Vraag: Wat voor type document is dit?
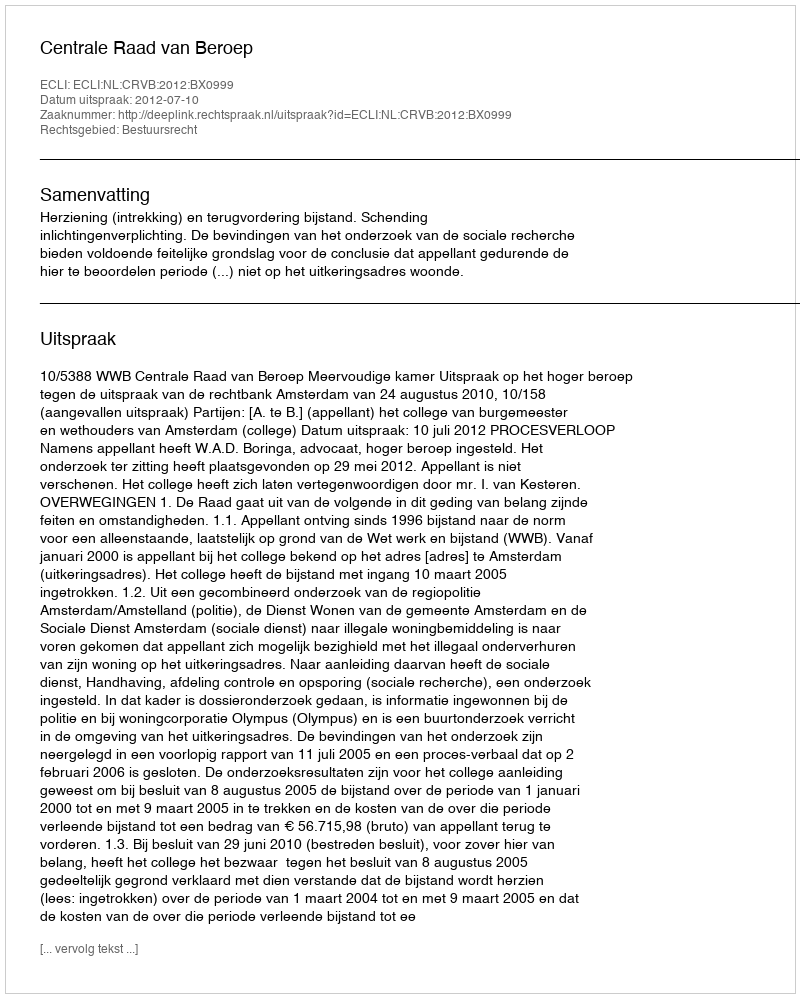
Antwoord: Uitspraak